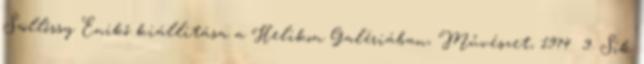
Szöllőssy Enikő kiállítása a Helikon Galériában, Művészet, 1974 9. Sík